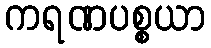
ကရဏပစ္စယာ